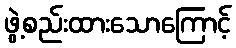
ဖွဲ့စည်းထားသောကြောင့်